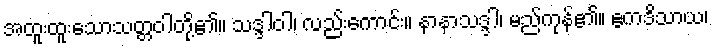
အထူးထူးသောသတ္တဝါတို့၏။ သဒ္ဒါဝါ၊ လည်းကောင်း။ နာနာသဒ္ဒါ၊ မည်ကုန်၏။ ဧကဒိသာယ၊